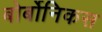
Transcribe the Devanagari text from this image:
बोर्बोनिकस